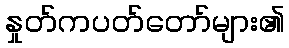
နှုတ်ကပတ်တော်များ၏